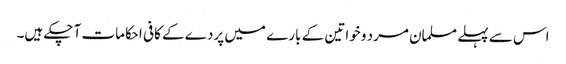
اس سے پہلے مسلمان مرد و خواتین کے بارے میں پردے کے کافی احکامات آ چکے ہیں۔